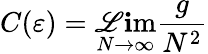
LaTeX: C(\varepsilon)=\operatorname*{\mathscr{L}\mathbf{i}m}_{N\rightarrow\infty}{\frac{{g}}{{N^{2}}}}